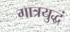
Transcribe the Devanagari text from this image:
गात्रयुद्धं